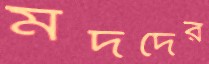
মদদের